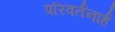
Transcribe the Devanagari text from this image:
परिवर्तनार्ह